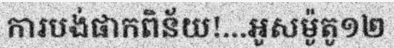
ការបង់ផាកពិន័យ!...អូសម៉ូតូ១២